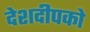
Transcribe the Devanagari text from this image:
देशदीपको